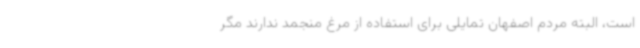
است، البته مردم اصفهان تمایلی برای استفاده از مرغ منجمد ندارند مگر